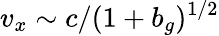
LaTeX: v_{x}\sim c/(1+b_{g})^{1/2}